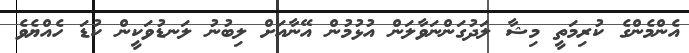
އެންމެންގެ ކުރިމަތީ މިޝާ ލަދުގަންނަވާލަން އުޅުމުން އޭނާއަށް ލިބުނު ލަނޑުވަކީން ކުޑަ ހެއްޔެވެ